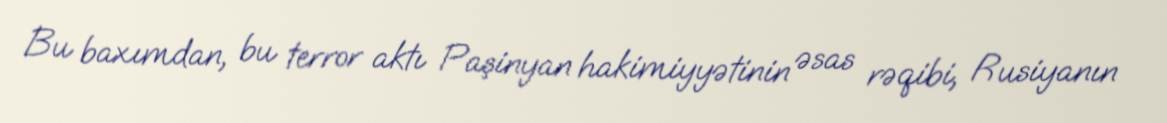
Bu baxımdan, bu terror aktı Paşinyan hakimiyyətinin əsas rəqibi, Rusiyanın